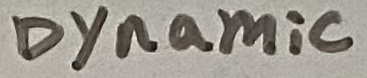
Text: Dynamic